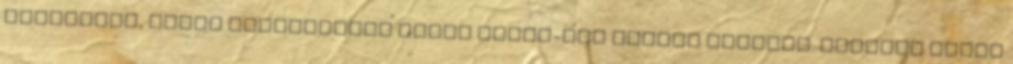
hasznalni, akkor mutathattak volna katie-bol tobbet esetleg. szegeny maxet